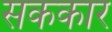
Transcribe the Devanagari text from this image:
सककार